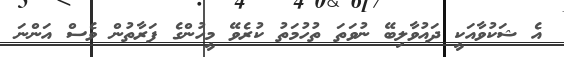
އެ ޝަކުވާއަކީ ދައުވާލިބޭ ނުވަތަ ތުހުމަތު ކުރެވޭ މީހުންގެ ފަރާތުން ވެސް އަންނަ